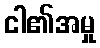
ငါ၏အမှု